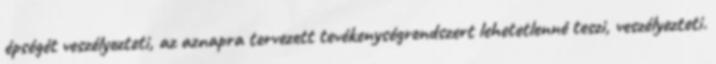
épségét veszélyezteti, az aznapra tervezett tevékenységrendszert lehetetlenné teszi, veszélyezteti.